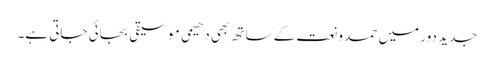
جدید دور میں حمد و نعت کے ساتھ بھی دھیمی موسیقی بجائی جاتی ہے۔